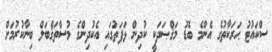
ސްކައުޓު ޙަރަކާތުގެ އެންމެ ބޮޑު މަޤްޞަދަކީ ކުދިން ޅަފަތުގައި އެކުދިންގެ މުސްތަޤްބަލް ބިނާކުރުމަށް